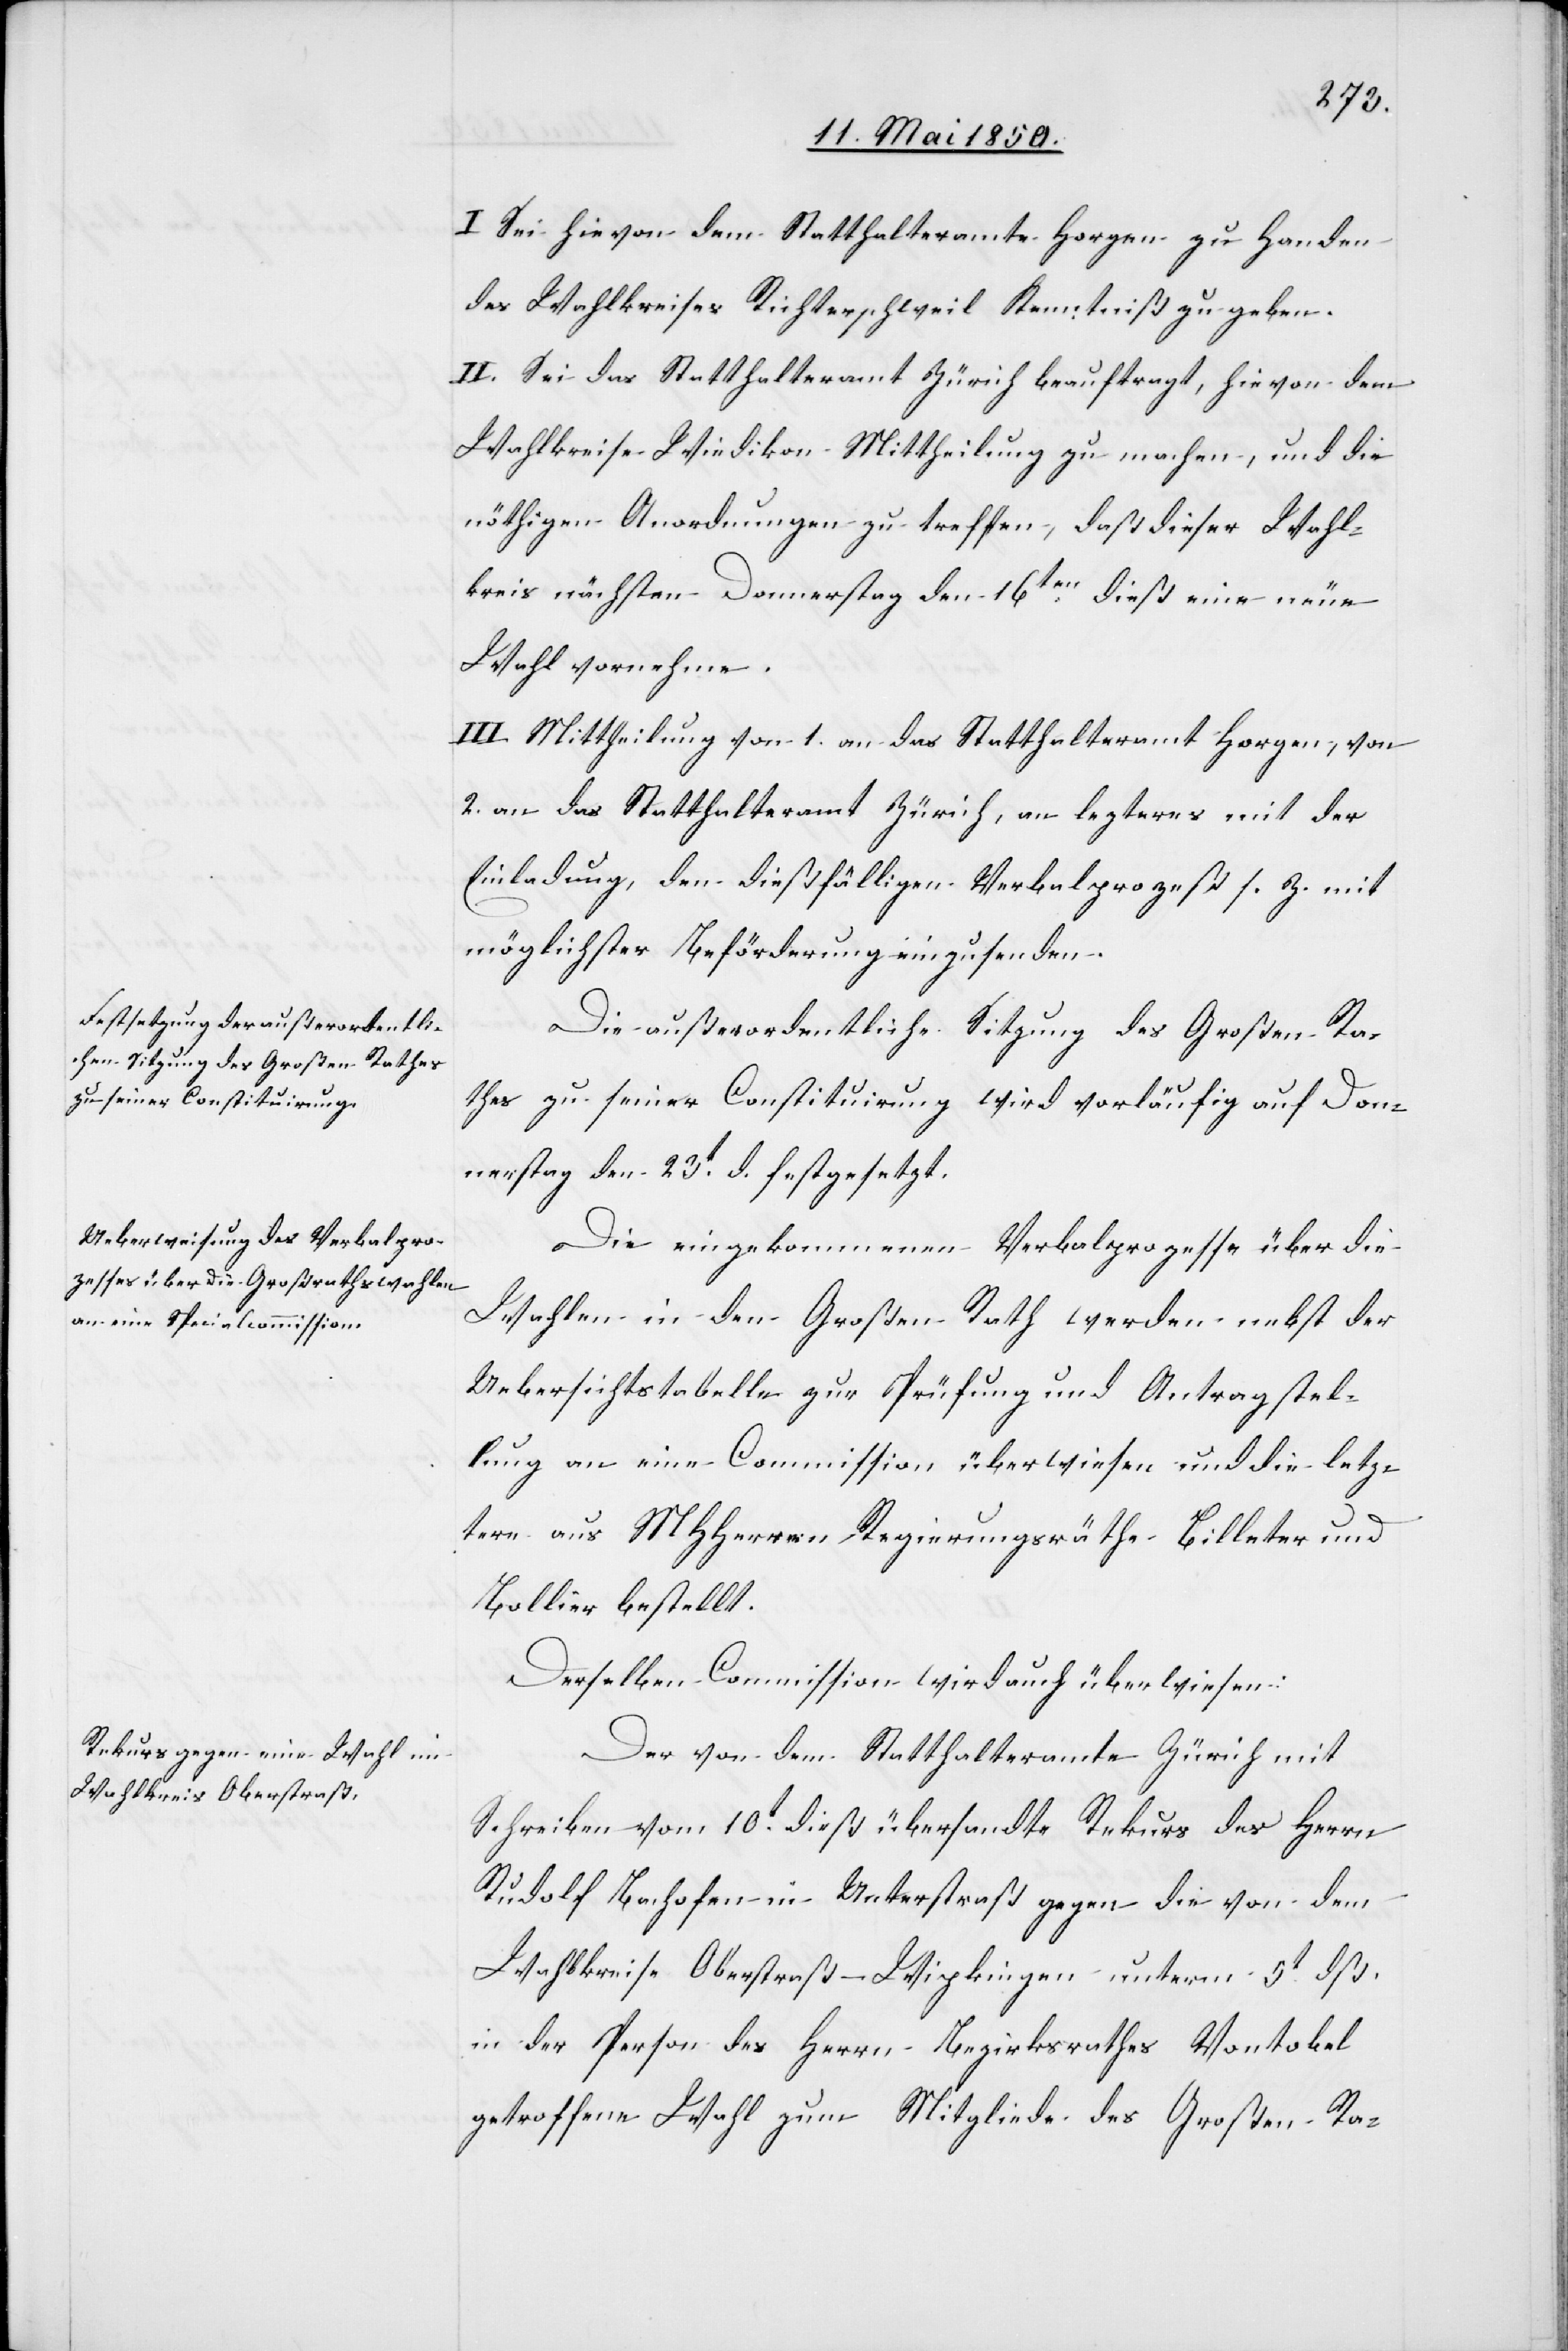
I. Sei hievon dem Statthalteramte Horgen zu Handen
des Wahlkreises Richterschweil Kenntniß zu geben.
II. Sei das Statthalteramt Zürich beauftragt, hievon dem
Wahlkreise Wiedikon Mittheilung zu machen, und die
nöthigen Anordnungen zu treffen, daß dieser Wahl¬
kreis nächsten Donnerstag den 16ten dieß eine neue
Wahl vornehme.
III. Mittheilung von 1. an das Statthalteramt Horgen, von
2. an das Statthalteramt Zürich, an lezteres mit der
Einladung, den dießfälligen Verbalprozeß s. Z. mit
möglichster Beförderung einzusenden.
Die außerordentliche Sitzung des Großen Ra¬
thes zu seiner Constituirung wird vorläufig auf Don¬
nerstag den 23t d. festgesetzt.
Die eingekommenen Verbalprozesse über die
Wahlen in den Großen Rath werden nebst der
Uebersichtstabelle zur Prüfung und Antragstel¬
lung an eine Commission überwiesen und die letz¬
tere aus MHHerren Regierungsräthe Billeter und
Bollier bestellt.
Derselben Commission wird auch überwiesen:
Der von dem Statthalteramte Zürich mit
Schreiben vom 10t dieß übersandte Rekurs des Herrn
Rudolf Bachofen in Unterstraß gegen die von dem
Wahlkreise Oberstraß-Wipkingen unterm 5t dß.
in der Person des Herrn Bezirksrathes Vontobel
getroffene Wahl zum Mitgliede des Großen Ra-